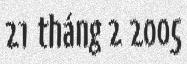
21 tháng 2 2005